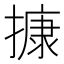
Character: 𢳧